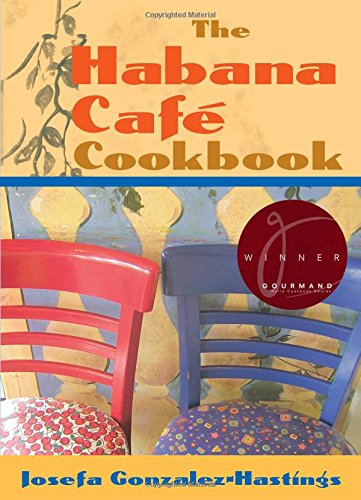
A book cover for The Habana CafÃ© Cookbook; Josefa Gonzalez-Hastings; Cookbooks, Food & Wine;